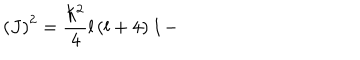
\left( J \right) ^ { 2 } = \frac { \hbar ^ { 2 } } { 4 } l \left( l + 4 \right) \mathbf { 1 - }